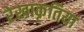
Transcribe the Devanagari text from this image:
रेखाकृतियां